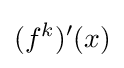
(f^{k})'(x)